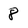
Character: 8